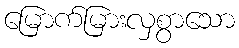
မြောက်မြားလှစွာသော